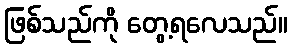
ဖြစ်သည်ကို တွေ့ရလေသည်။